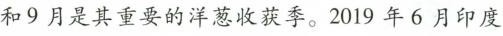
和9月是其重要的洋葱收获季。2019年6月印度